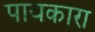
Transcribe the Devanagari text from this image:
पायकारा